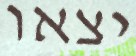
יצאו